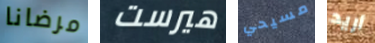
مرضانا هيرست مسيحي أريد